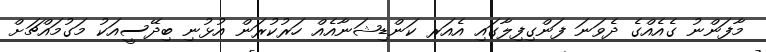
މާފަންނު ގެއެއްގެ ދެވަނަ ފަންގިފިލާގައި އެއަރ ކަންޑިޝަނާއެއް ހަރުކުރަން އުުޅުނި ބިދޭސީއަކު މަގުމައްޗަށް